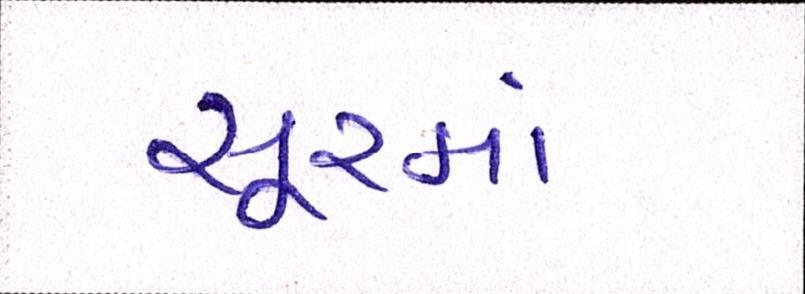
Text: સૂરમાં